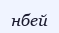
нбей